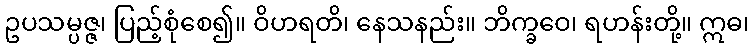
ဥပသမ္ပဇ္ဇ၊ ပြည့်စုံစေ၍။ ဝိဟရတိ၊ နေသနည်း။ ဘိက္ခဝေ၊ ရဟန်းတို့။ ဣဓ၊